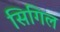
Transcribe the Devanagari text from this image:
सिगिल